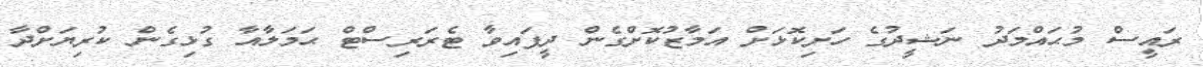
ރައީސް މުޙައްމަދު ނަޝީދުގެ ހަށިކޮޅަށް އަމާޒުކޮށްގެން ދީފައިވާ ޓެރަރިސްޓް ޙަމަލާއާ ގުޅިގެން ކުރިޔަށްދާ